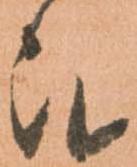
被